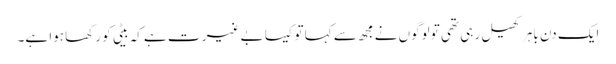
ایک دن باہر کھیل رہی تھی تو لوگوں نے مجھ سے کہا توکیسا بے غیر ت ہے کہ بیٹی کو رکھا ہوا ہے۔